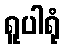
ရူပါရုံ